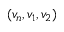
( v _ { n } , v _ { 1 } , v _ { 2 } )